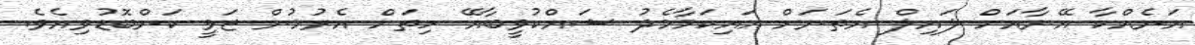
އަނެއްކާ އޭނާއަށް ލައިލް އެތަނަށް އައިކަމާމެދު ޝައްކުވީބާއޭ ހިތަށް އެރުމުން ޒަވީ ކަންބޮޑުވިއެވެ.